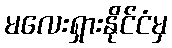
မလေးရှားနိုင်ငံမှ